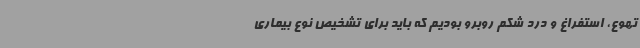
تهوع، استفراغ و درد شکم روبرو بودیم که باید برای تشخیص نوع بیماری